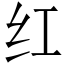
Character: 红